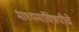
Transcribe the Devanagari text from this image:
माध्यमांविषयीचे